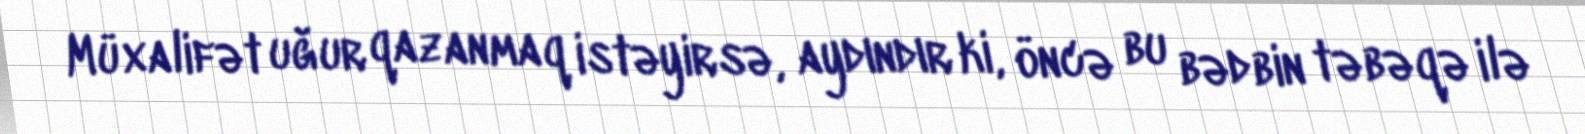
Müxalifət uğur qazanmaq istəyirsə, aydındır ki, öncə bu bədbin təbəqə ilə